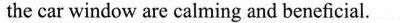
the car window are calming and beneficial.